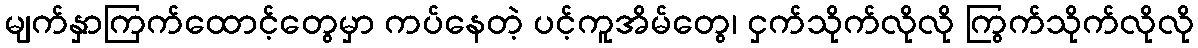
မျက်နှာကြက်ထောင့်တွေမှာ ကပ်နေတဲ့ ပင့်ကူအိမ်တွေ၊ ငှက်သိုက်လိုလို ကြွက်သိုက်လိုလို